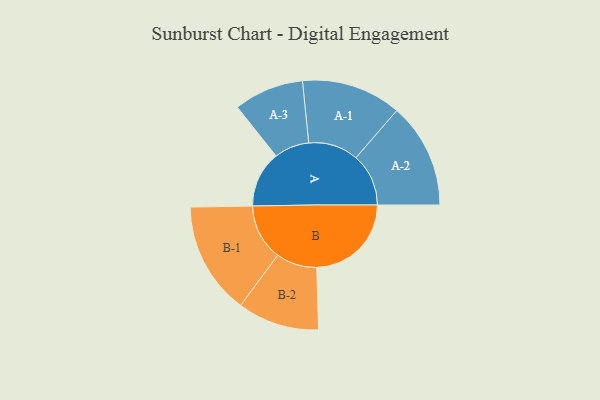
{"axis": {"x": "Segment", "y": "Value"}, "legend": ["", "A", "B"], "data": [{"x": "A", "y": 297, "type": ""}, {"x": "B", "y": 500, "type": ""}, {"x": "A-1", "y": 264, "type": "A"}, {"x": "A-2", "y": 278, "type": "A"}, {"x": "A-3", "y": 185, "type": "A"}, {"x": "B-1", "y": 297, "type": "B"}, {"x": "B-2", "y": 216, "type": "B"}]}